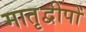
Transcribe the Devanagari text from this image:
मातृद्वीपों